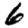
Digit: 6